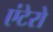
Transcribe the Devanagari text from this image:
एंटेरो